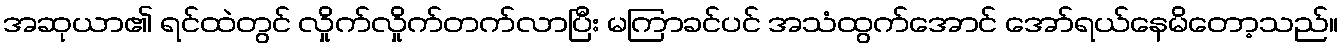
အဆုယာ၏ ရင်ထဲတွင် လှိုက်လှိုက်တက်လာပြီး မကြာခင်ပင် အသံထွက်အောင် အော်ရယ်နေမိတော့သည်။